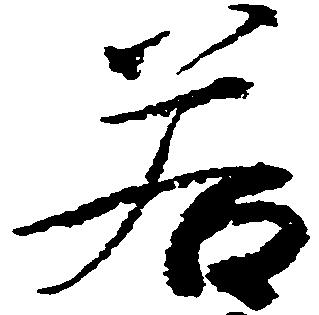
若